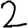
Digit: 2